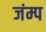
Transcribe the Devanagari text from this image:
जंम्प